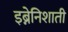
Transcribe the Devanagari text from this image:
इब्नेनिशाती